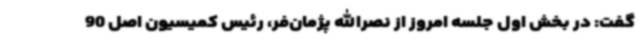
گفت: در بخش اول جلسه امروز از نصرالله پژمان‌فر، رئیس کمیسیون اصل 90